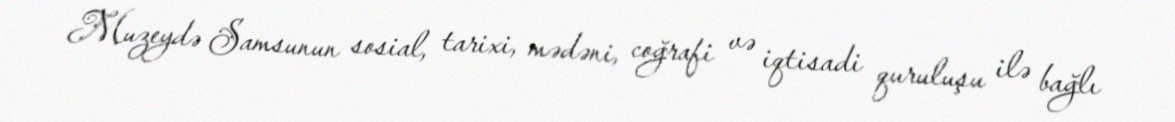
Muzeydə Samsunun sosial, tarixi, mədəni, coğrafi və iqtisadi quruluşu ilə bağlı